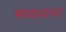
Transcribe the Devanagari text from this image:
मध्यवानर